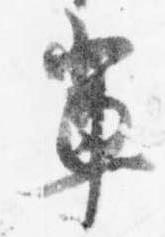
輩